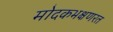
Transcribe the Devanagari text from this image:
मोदकभक्षणरत